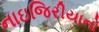
નાઇજિરીયાનો